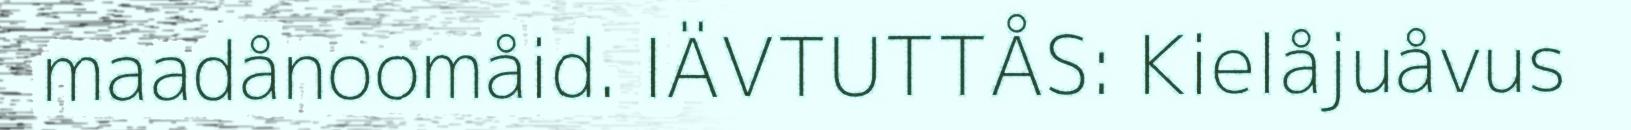
maadånoomåid. IÄVTUTTÅS: Kielåjuåvus